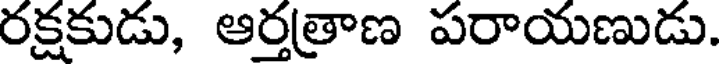
రక్షకుడు, ఆర్తత్రాణ పరాయణుడు.